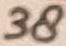
Text: 38